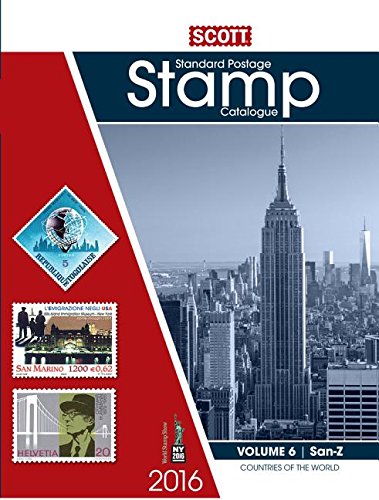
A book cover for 2016 Scott Catalogue Volume 6 (Countries San-Z): Standard Postage Stamp Catalogue (Scott Standard Postage Stamp Catalogue Vol 6 San-Z); Crafts, Hobbies & Home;